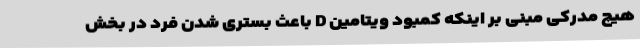
هیچ مدرکی مبنی بر اینکه کمبود ویتامین D باعث بستری شدن فرد در بخش